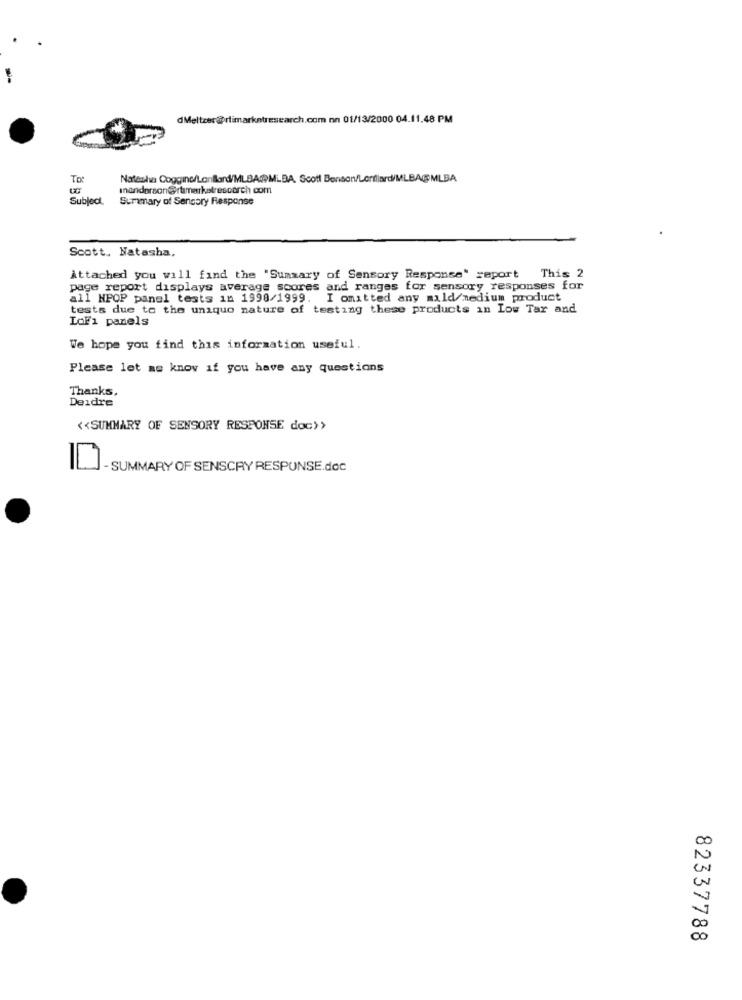
dMeltzer@rfimarketresearch.com on 01/13/2000 04.11.48 PM
Natasha Cogginc/Lonllard/MLBA@MLBA. Scott Benson/Lorillard/MLBA@MLBA
inanderson@rtmarkatrescorch com
Subject
Summary of Sensory Response
Scott. Natasha,
Attached you will find the "Summary of Sensory Response' report This 2
page report displays average scores and ranges for sensory responses for
all HPOP panel tests in 1998/1999. I omitted any mald/medium product
tests due to the unique nature of testing these products in Low Tar and
LoF1 panels
We hope you find this information useful.
Please let me know if you have any questions
Thanks,
Deidre
<< SUMMARY OF SENSORY RESPONSE doc>>
- SUMMARY OF SENSCRY RESPONSE.doc
82337788